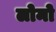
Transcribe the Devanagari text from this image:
लोमो